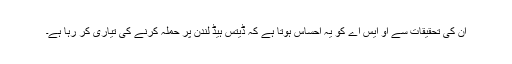
ان کی تحقیقات سے او ایس اے کو یہ احساس ہوتا ہے کہ ڈیتس ہیڈ لندن پر حملہ کرنے کی تیاری کر رہا ہے۔